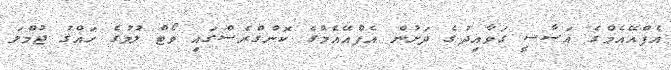
އެފްއޭއެމްގެ އަސާސީ ގަވާއިދުގެ ދަށުން އެފްއޭއެމްގެ ކޮންގްރެސްގައި ވޯޓް ލުމުގެ ހައްގު ޖުމްލަ